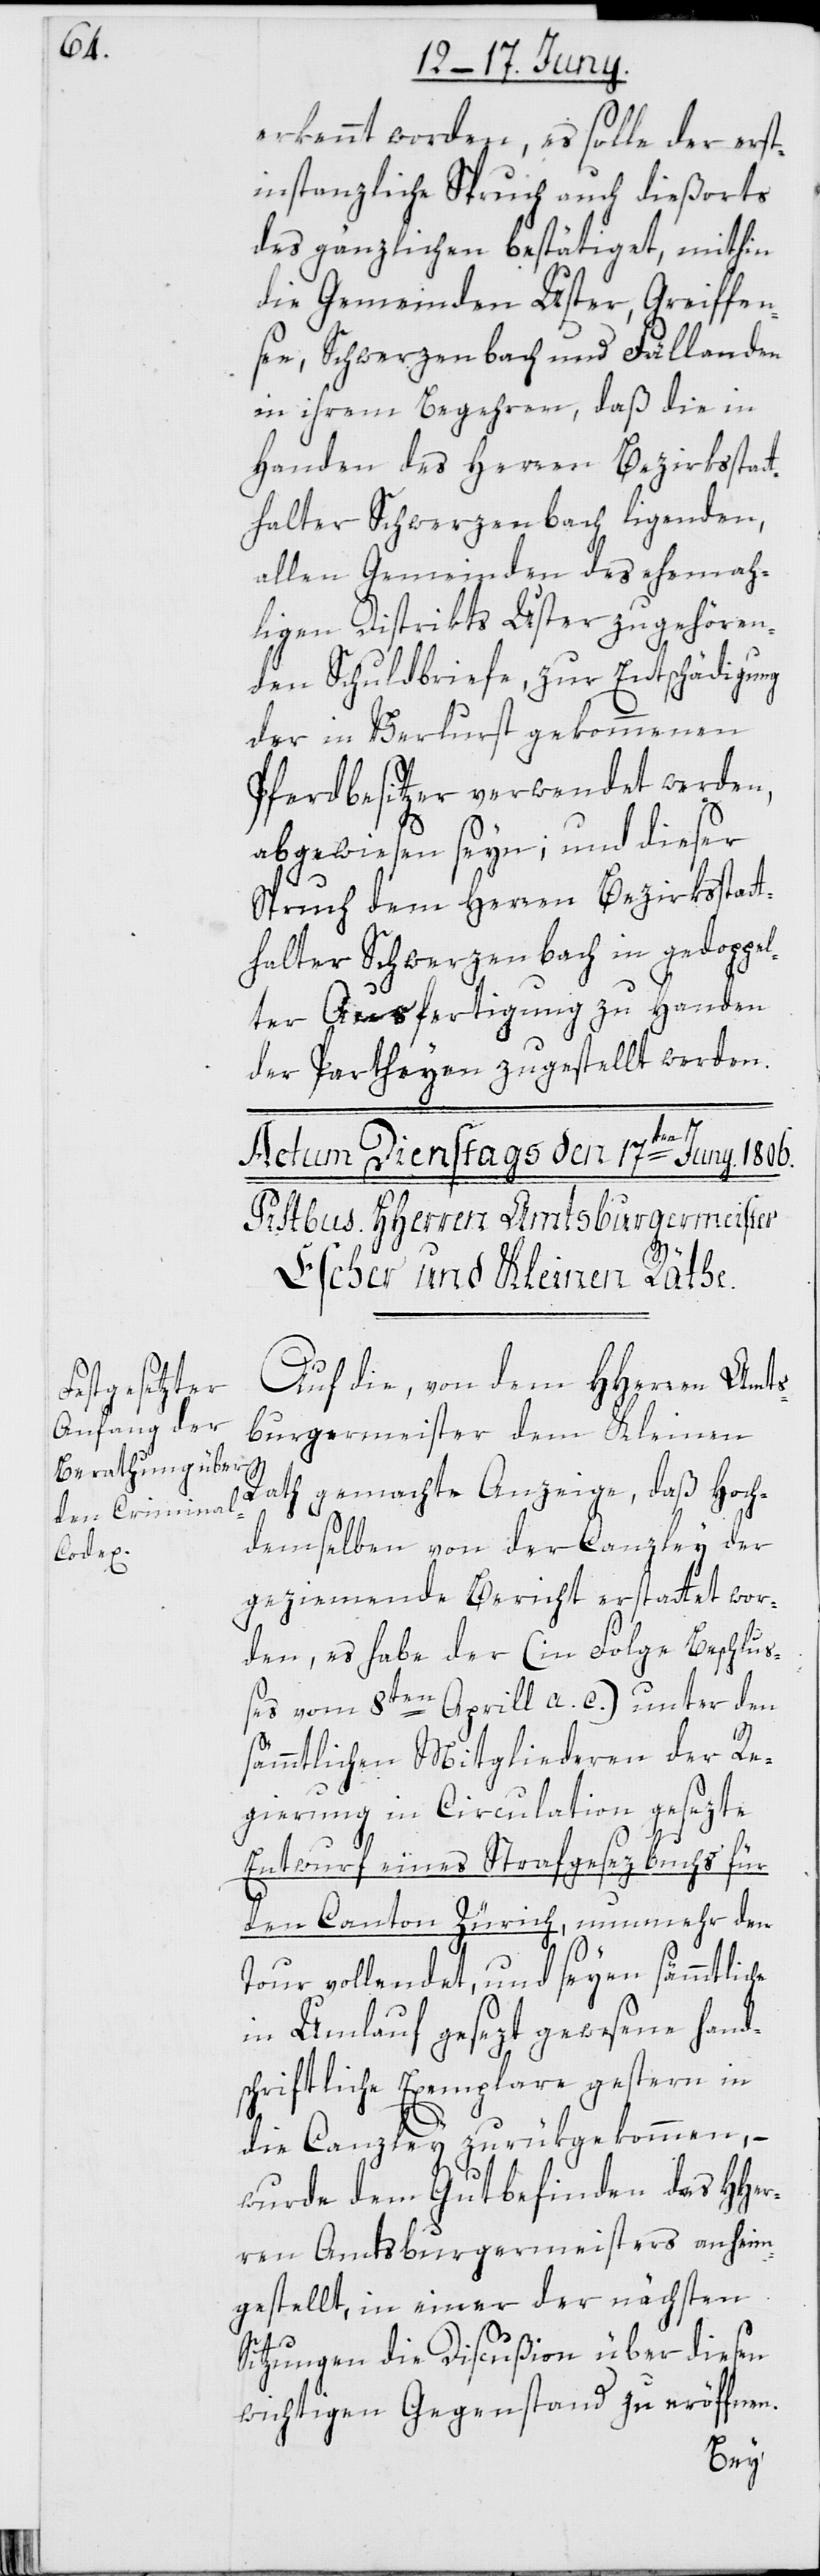
erkennt worden, es solle der erst¬
instanzliche Spruch auch dießorts
des gänzlichen bestätiget, mithin
die Gemeinden Uster, Greiffen¬
see, Schwerzenbach und Fällanden
in ihrem Begehren, daß die in
Handen des Herren Bezirksstat¬
thaler Schwerzenbach ligenden,
allen Gemeinden des ehema¬
ligen Distrikts Uster zugehören¬
den Schuldbriefe, zur Entschädigung
der in Verlurst gekommenen
Pferdbesitzer verwendet werden,
abgewiesen seyn; und dieser
Spruch dem Herren Bezirksstatt¬
halter Schwerzenbach in gedoppel¬
ter Ausfertigung zu Handen
der Partheyen zugestellt werden.
Auf die, von dem HHerren Amts¬
burgermeister dem Kleinen
che
Rath gemachte Anzeige, daß Hoch¬
demselben von der Canzley der
geziemende Bericht erstattet wor¬
den, es habe der (in Folge Beschlu¬
ßes vom 8ten Aprill a. c.) unter den
sämmtlichen Mitgliederen der Re¬
gierung in Circulation gesezte
Entwurf eines Strafgesezbuchs für
den Canton Zürich, nunmehr den
Tour vollendet, und seyen sämmtli¬
in Umlauf gesezt gewesene hand¬
schriftliche Exemplare gestern in
die Canzley zurükgekommen, –
wurde dem Gutbefinden des HHer¬
ren Amtsburgermeisters anheim
gestellt, in einer der nächsten
Sitzungen die Discußion über diesen
wichtigen Gegenstand zu eröffnen.